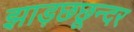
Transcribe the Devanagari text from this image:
झाड़छछून्दर